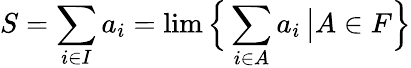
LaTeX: S=\sum_{i\in I}a_{i}=\operatorname*{lim}{\Bigl\{ }\sum_{i\in A}a_{i}\, {\big|}A\in F{\Bigr\} }